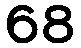
68